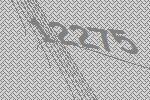
12275